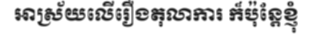
អាស្រ័យលើរឿងតុលាការ ក៏ប៉ុន្តែខ្ញុំ